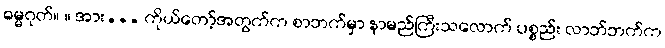
ဓမ္မဂုတ်။ ။ အား... ကိုယ်တော့်အတွက်က စာဘက်မှာ နာမည်ကြီးသလောက် ပစ္စည်း လာဘ်ဘက်က